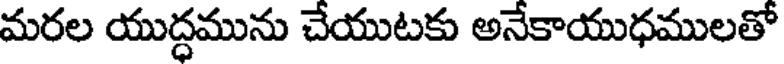
మరల యుద్ధమును చేయుటకు అనేకాయుధములతో